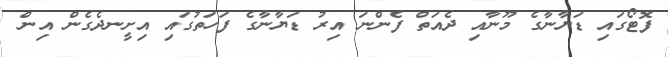
ފޮޓޯގައި ޑަޔާނާގެ މޫނާއި ދެއަތް ފެންނަ އިރު ޑަޔާނާގެ ފަހަތުގައި އިށީނދެގެން އިން